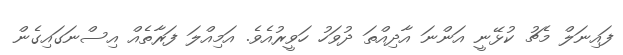
ފައިނަލް މެޗު ކުޅޭނީ އަންނަ އާދިއްތަ ދުވަހު ހަވީރުއެވެ. އަމިއްލަ ފަރާތެއް އިސްނަގައިގެން